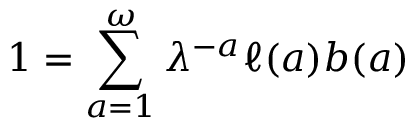
1 = \sum _ { a = 1 } ^ { \omega } \lambda ^ { - a } \ell ( a ) b ( a )